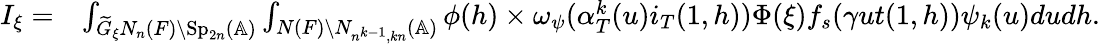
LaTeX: \begin{array}{rl}{I_{\xi}=}&{\int_{\widetilde{G}_{\xi}N_{n}(F)\backslash\mathrm{Sp}_{2n}(\mathbb{A})}\int_{N(F)\backslash N_{n^{k-1},kn}(\mathbb{A})}\phi(h)\times\omega_{\psi}(\alpha_{T}^{k}(u)i_{T}(1,h))\Phi(\xi)f_{s}(\gamma ut(1,h))\psi_{k}(u)dudh.}\end{array}